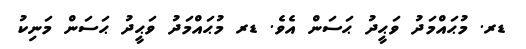
ޑރ. މުޙައްމަދު ވަޙީދު ޙަސަން އެވެ. ޑރ މުޙައްމަދު ވަޙީދު ޙަސަން މަނިކު